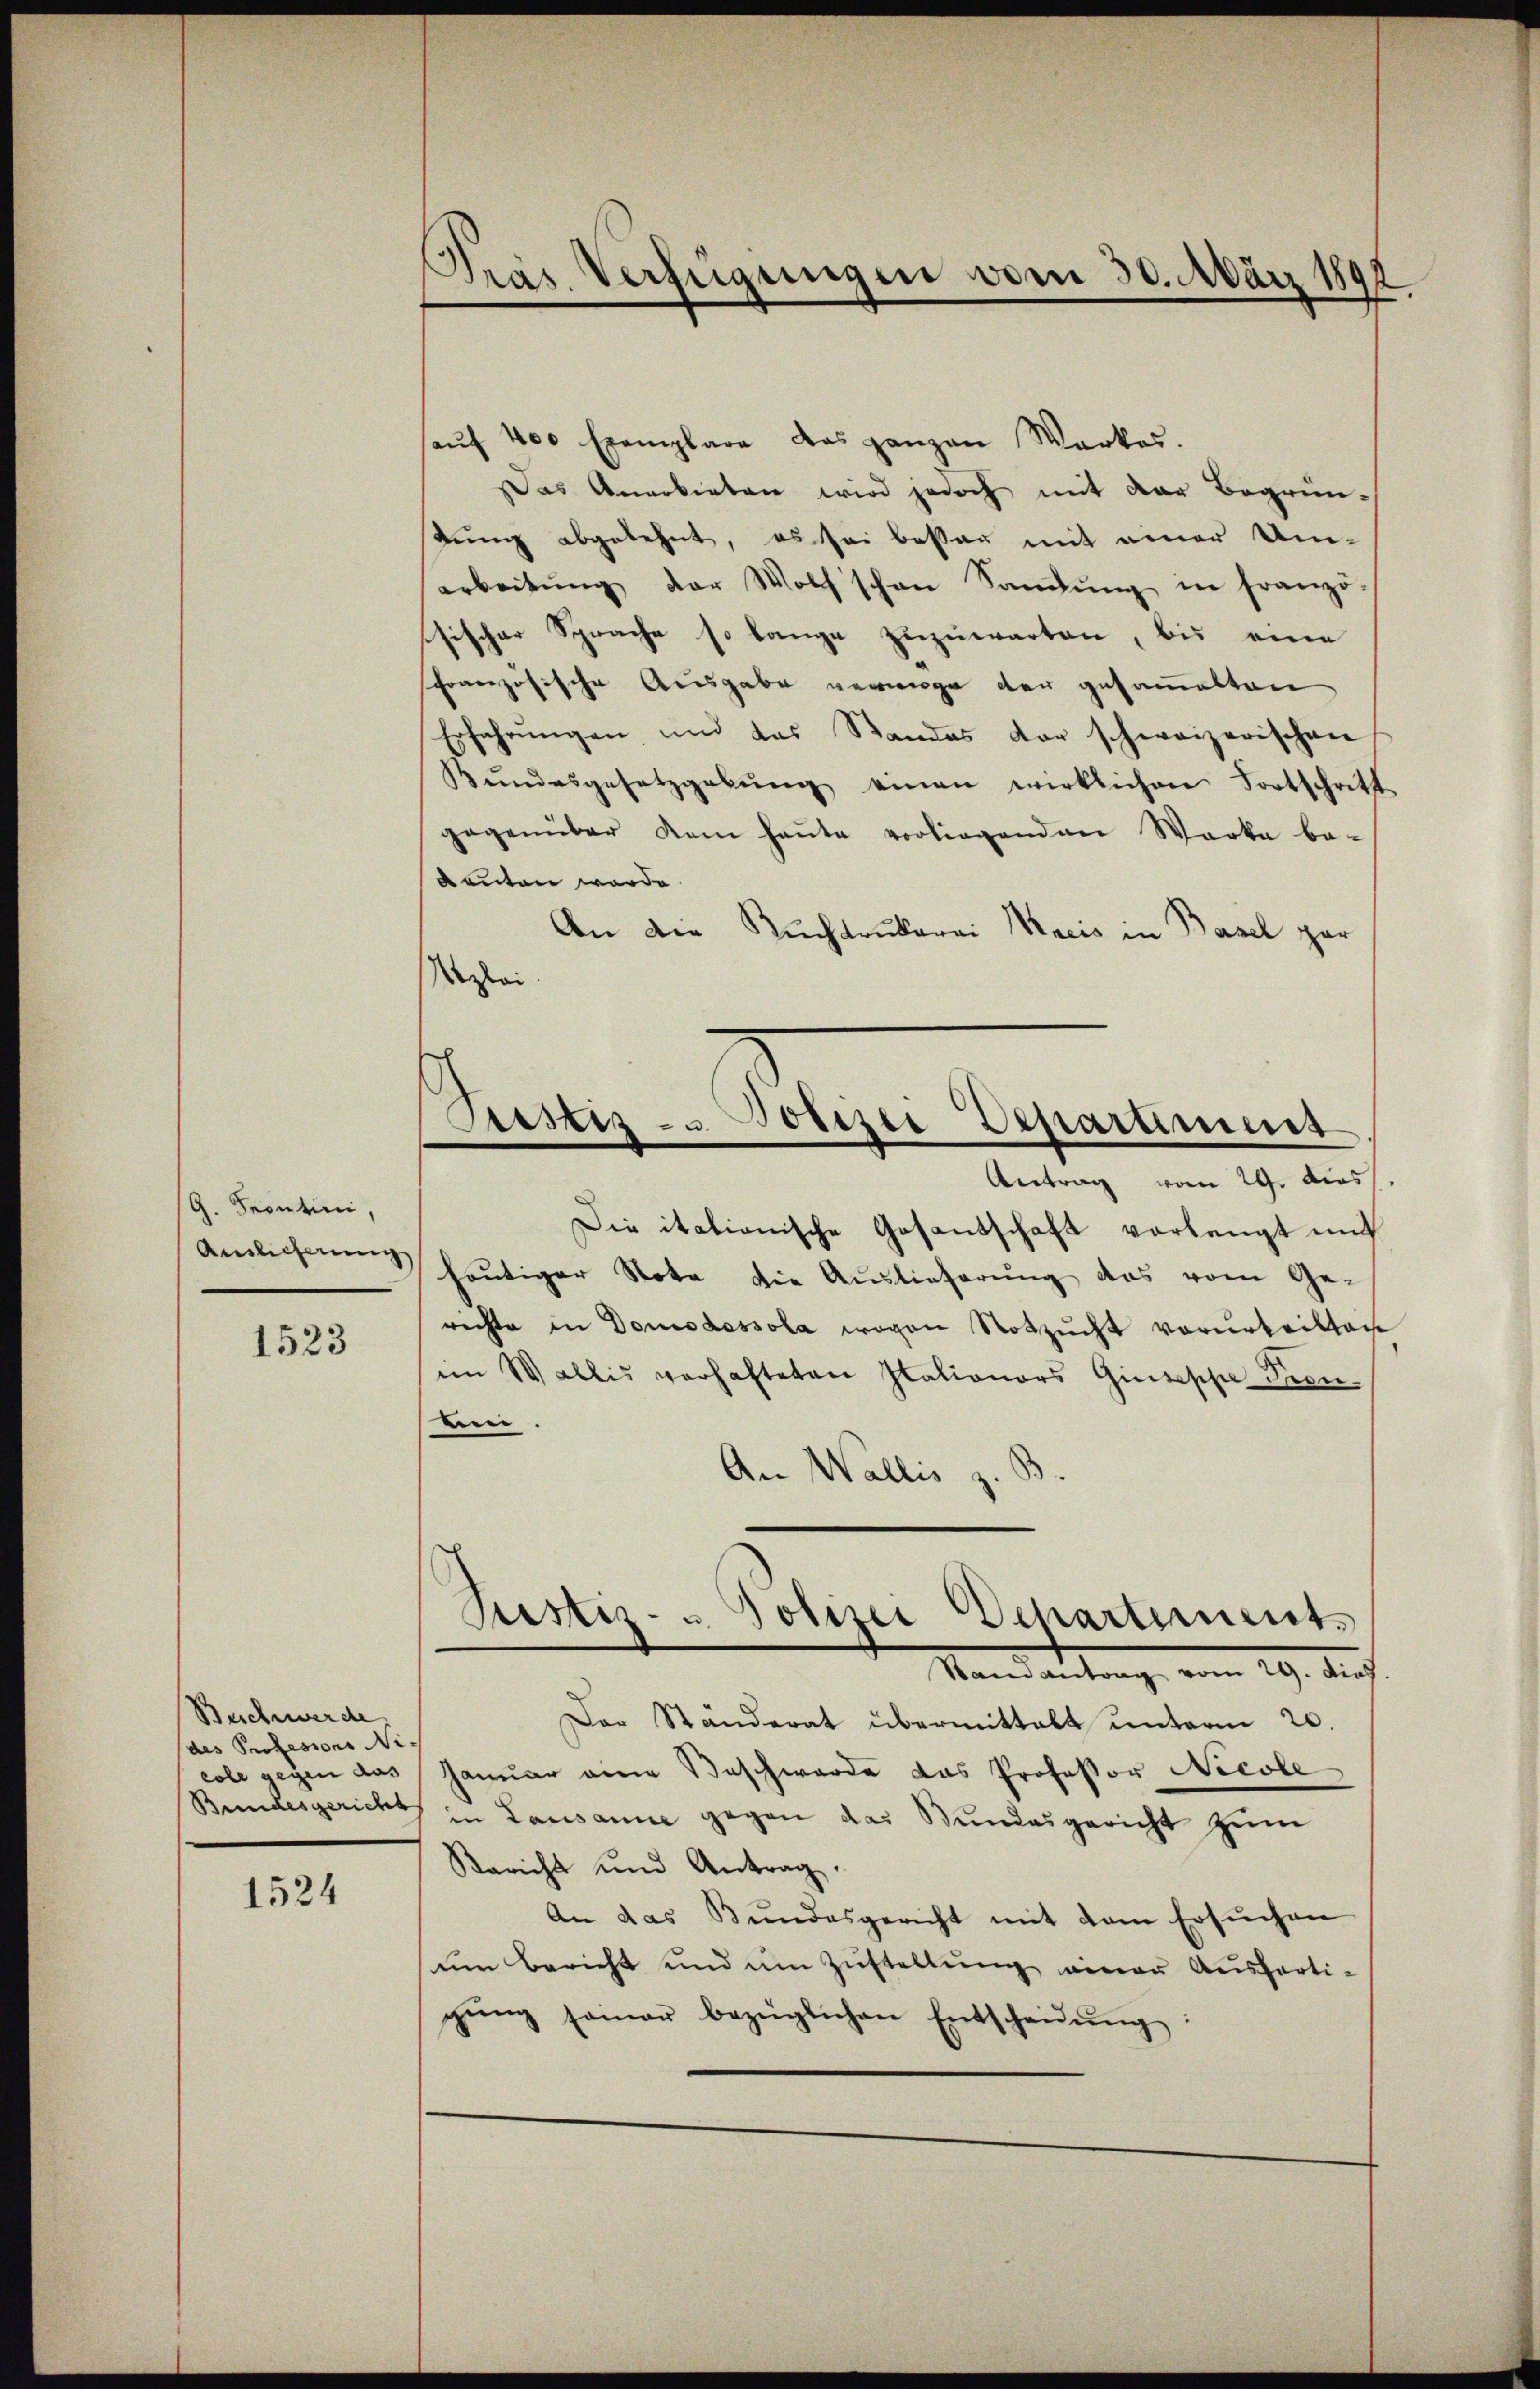
G. Seontini,
Auslieferung

1523

Beschwerde
(des Professors Nicole gegen das

1524

Pras Verfügungen vom 30. März 1892

aŭf 400 Exemplare das ganzen Werkes.
Das Anerbieten wird jedoch mit der Begrün-
tŭng abgelehnt, es sei besser mit einer Um-
arbeitŭng der Wolf schon Sandŭng in franzö-
sischer Sprache so lange zuzuwarten, bis eine
französische Ausgabe verwege der gesammelten
Erfahrŭngen, und das Standes der schweizerischen
Bŭndesgesetzgebŭng einen wirklichen Fortschritt
gegenüber dem haŭte vorliegenden Werke be-
deuten werde.
An die Ruchdrukerei Macis in Basel zur
Wei
Antrag vom 29. dies
Die itationische Gesantschaft verlangt und
heutiger Note die Auslieferung das vom Ge-
richte in Domodossola wegen Notzucht vorurteilten
im Wallis verhafteten Plationars Giuseppe dron.
An.
An Wallis z
Rustiz- u. Polizei Schartements
Mandantung vom 19. die
Der Ständerat übermittalt unterm 20.
Januar eine Beschwerde das Professor Nicole
Bundesgericht in Lausanne gegen das Bŭndesgericht zŭm
Bericht und Antrag.
An das Bundesgericht mit dem Ersuchen
um bericht und um Zustellung einer Ausferti-
gŭng seiner bezüglichen Entscheidŭng

Prestiz- u. Polizei Departimens